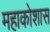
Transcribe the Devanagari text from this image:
महाकोशास